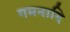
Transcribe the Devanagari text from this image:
गमनादि